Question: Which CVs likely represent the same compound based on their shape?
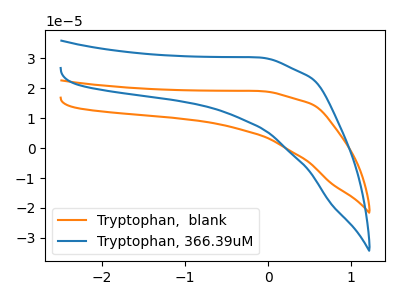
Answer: <think>The orange curve "Tryptophan,  blank" has no peaks. The blue curve "Tryptophan, 366.39uM" has no peaks.
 Neither "Tryptophan,  blank" or "Tryptophan, 366.39uM" have any peaks.</think>
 <answer>"Tryptophan, 366.39uM" and "Tryptophan,  blank" have the same shape and are likely CV's of the same chemical.</answer>
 <eval>"Tryptophan, 366.39uM" "Tryptophan,  blank"</eval>